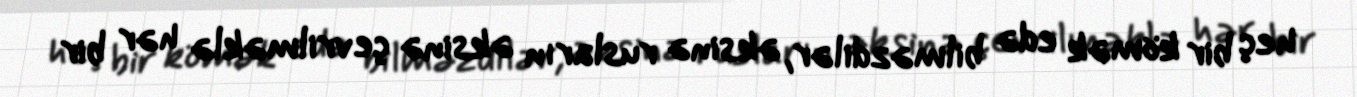
heç bir kömək edə bilməzdilər, əksinə rusların əksinə çevrilməklə hər bir